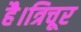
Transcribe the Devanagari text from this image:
है।त्रिचूर